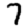
Digit: 7